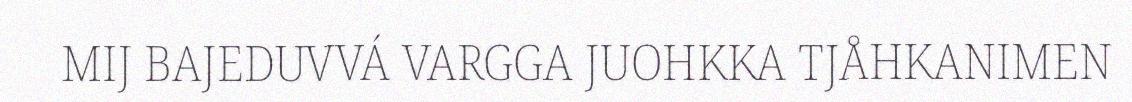
MIJ BAJEDUVVÁ VARGGA JUOHKKA TJÅHKANIMEN